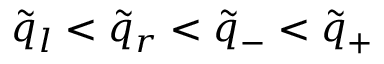
\tilde { q } _ { l } < \tilde { q } _ { r } < \tilde { q } _ { - } < \tilde { q } _ { + }